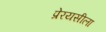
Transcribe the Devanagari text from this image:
प्रेरयसीला